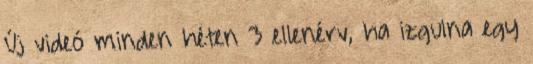
Új videó minden héten 3 ellenérv, ha izgulna egy